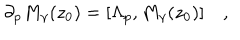
\partial _ { p } M _ { \gamma } ( z _ { 0 } ) = [ \Lambda _ { p } , M _ { \gamma } ( z _ { 0 } ) ] \quad ,